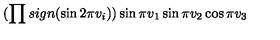
( \prod s i g n ( \sin 2 \pi v _ { i } ) ) \sin \pi v _ { 1 } \sin \pi v _ { 2 } \cos \pi v _ { 3 }